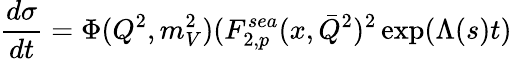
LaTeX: \frac{d\sigma}{dt}=\Phi(Q^{2},m_{V}^{2})(F_{2,p}^{sea}(x,\bar{Q}^{2})^{2}\exp(\Lambda(s)t)